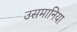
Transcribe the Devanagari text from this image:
उसमानिया